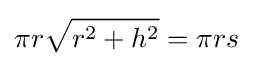
\pi r{\sqrt {r^{2}+h^{2}}}=\pi rs